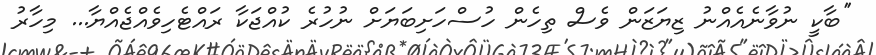
''ބާކީ ނުވާނެއެއްނު ޒިޔަޒަން ވެސް ތިހެން ހުސްހަށިބަޔަށް ނުހުރެ ކުއްޖަކާ ރައްޓެހިވެއްޖެއްޔާ... މިހާރު